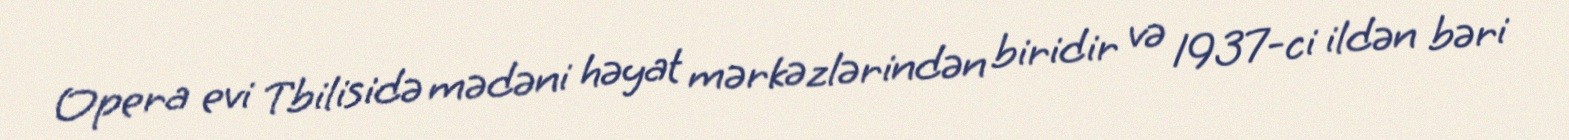
Opera evi Tbilisidə mədəni həyat mərkəzlərindən biridir və 1937-ci ildən bəri